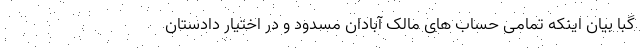
گبا بیان اینکه تمامی حساب های مالک آبادان مسدود و در اختیار دادستان